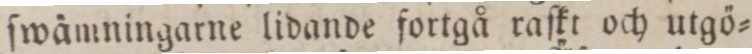
ſwämningarne lidande fortgå raſkt och utgö=